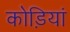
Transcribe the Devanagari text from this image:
कोड़ियां